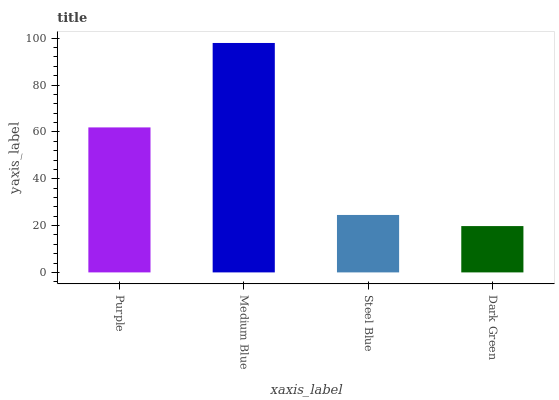
| xaxis_label | bars |
 | --- | --- |
 | Purple | 61.9 |
 | Medium Blue | 98 |
 | Steel Blue | 24.5 |
 | Dark Green | 19.8 |